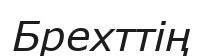
Брехттің